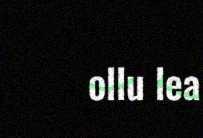
ollu lea